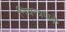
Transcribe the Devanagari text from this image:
नियन्त्रणके